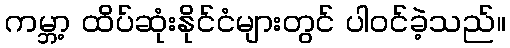
ကမ္ဘာ့ ထိပ်ဆုံးနိုင်ငံများတွင် ပါဝင်ခဲ့သည်။